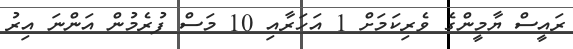
ރައީސް ޔާމީންގެ ވެރިކަމަށް 1 އަހަރާއި 10 މަސް ފުރެމުން އަންނަ އިރު